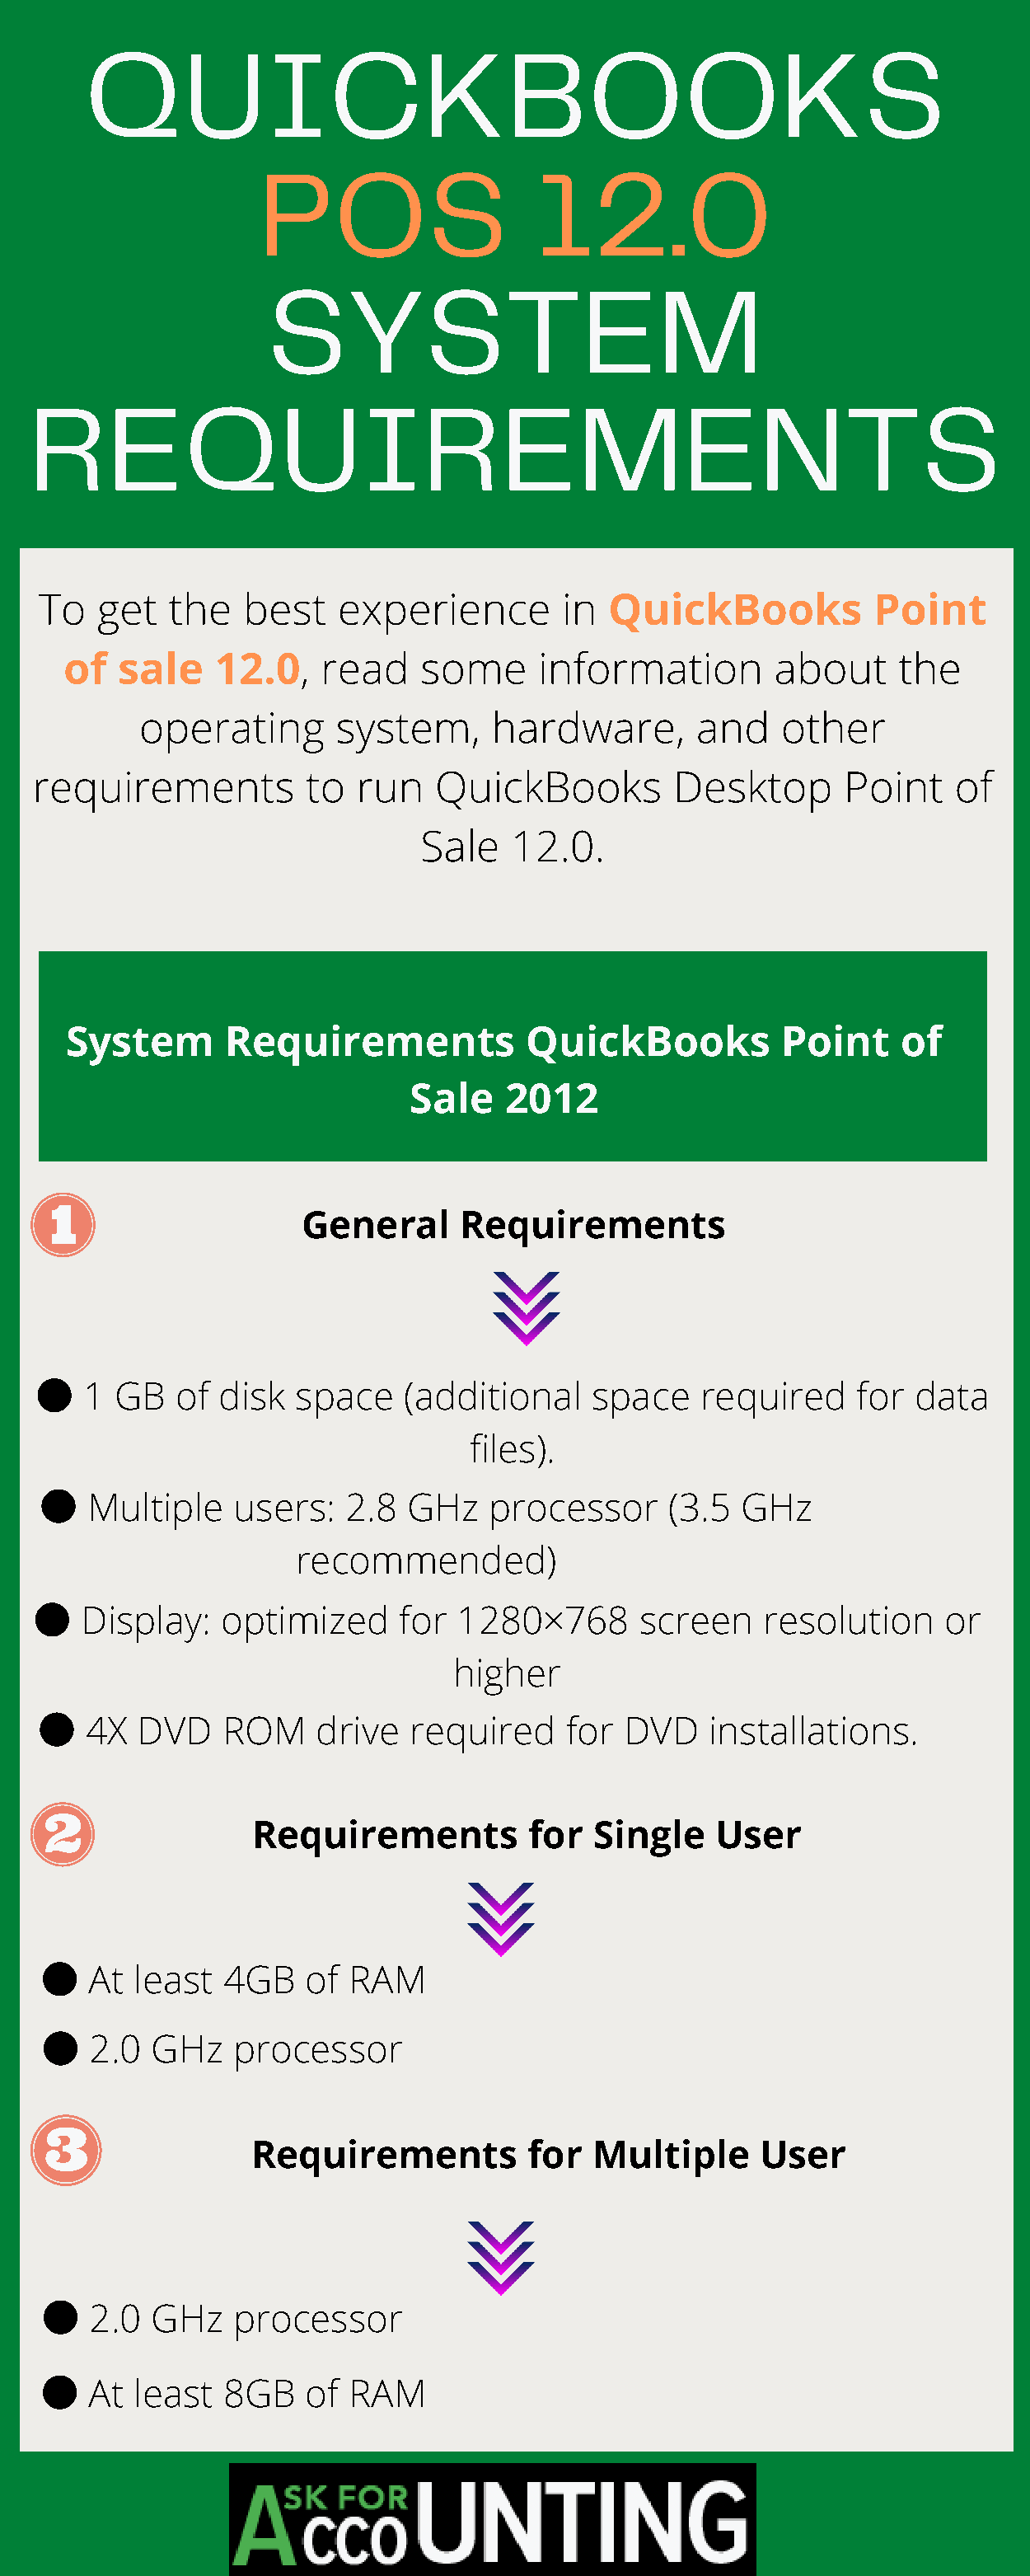
QUICKBOOKS
 POS                   12.0
 SYSTEM
 REQUIREMENTS
 To   get   the   best   experience        in  QuickBooks           Point
 of  sale    12.0,    read    some     information        about     the
 operating       system,     hardware,        and    other
 requirements          to  run   QuickBooks         Desktop       Point    of
 Sale   12.0.
 System       Requirements            QuickBooks           Point    of
 Sale    2012
 General      Requirements
 ●
 1 GB   of  disk  space   (additional     space   required     for data
 files).
 ●
 Multiple    users:   2.8  GHz   processor      (3.5 GHz
 recommended)
 ●
 Display:    optimized     for  1280×768      screen    resolution     or
 higher
 ●
 4X  DVD    ROM    drive   required    for  DVD    installations.
 Requirements          for   Single   User
 ●
 At  least  4GB    of RAM
 ●
 2.0  GHz    processor
 Requirements          for   Multiple     User
 ●
 2.0  GHz    processor
 ●
 At  least  8GB    of RAM